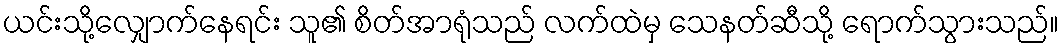
ယင်းသို့လျှောက်နေရင်း သူ၏ စိတ်အာရုံသည် လက်ထဲမှ သေနတ်ဆီသို့ ရောက်သွားသည်။